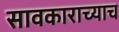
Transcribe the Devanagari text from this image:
सावकाराच्याच